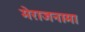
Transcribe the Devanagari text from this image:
मेराजनामा